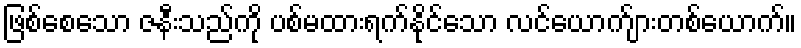
ဖြစ်စေသော ဇနီးသည်ကို ပစ်မထားရက်နိုင်သော လင်ယောက်ျားတစ်ယောက်။